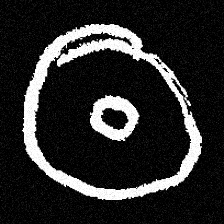
Pyu character \u2014 Myanmar letter: ထ (romanized: tha)